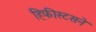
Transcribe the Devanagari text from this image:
हिफीस्टसने